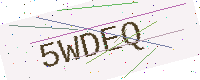
Text: 5WDEQ